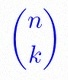
\binom{n}{k}